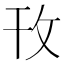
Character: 攼